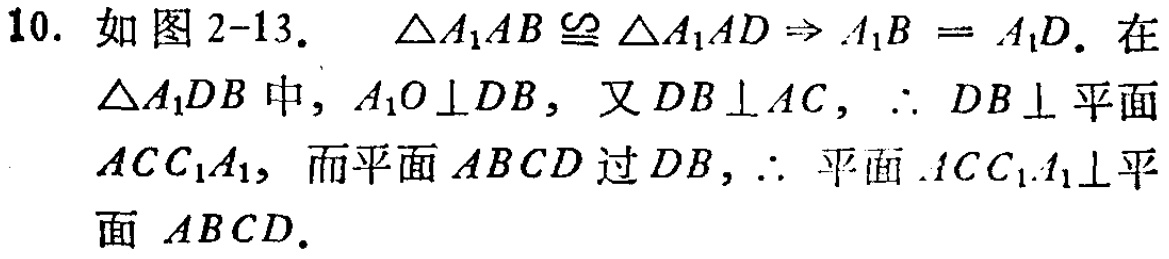
10. 如图2-13. $\triangle A_{1}AB\cong\triangle A_{1}AD\Rightarrow A_{1}B = A_{1}D$. 在$\triangle A_{1}DB$中, $A_{1}O\perp DB$, 又$DB\perp AC$, $\therefore DB\perp$平面$ACC_{1}A_{1}$, 而平面$ABCD$过$DB$, $\therefore$ 平面$ACC_{1}A_{1}\perp$平面$ABCD$.